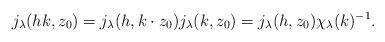
LaTeX: \begin{align*} j_{\lambda}(hk,z_0) =j_\lambda(h,k\cdot z_0) j_\lambda(k,z_0) =j_\lambda(h,z_0)\chi_{\lambda }(k)^{-1}. \end{align*}